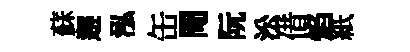
蘇邂泓缶閜阮㳂借焰紙